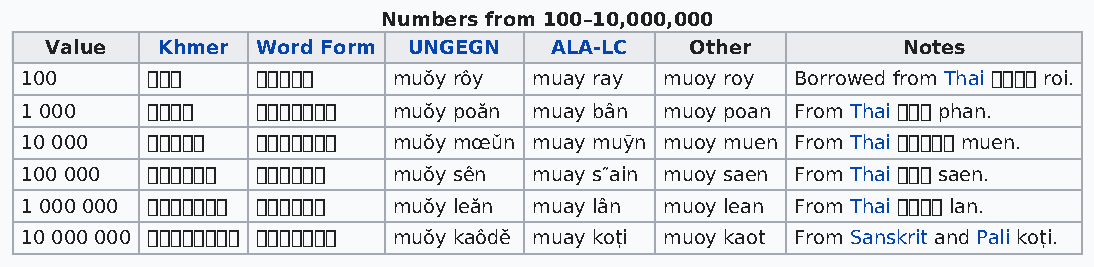
Numbers from 100–10,000,000
 Value  Khmer  Word Form UNGEGN   ALA-LC    Other         Notes
 100              muŏy rôy muay ray muoy roy Borrowed from Thai  roi.
 1 000         muŏy poăn muay bân muoy poan From Thai  phan.
 10 000       muŏy mœŭn muay muȳn muoy muen From Thai  muen.
 100 000      muŏy sên muay s″ain muoy saen From Thai  saen.
 1 000 000   muŏy leăn muay lân muoy lean From Thai  lan.
 10 000 000   muŏy kaôdĕ muay koṭi muoy kaot From Sanskrit and Pali koṭi.